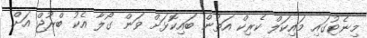
މިނެޓުގައި މައިކަލް ކެރިކް އަތުން ބައިކޮޅަށް ވަން ގޯލާ އެކު ބްރުޖް އަށް